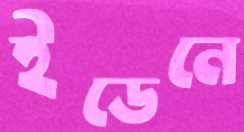
ইডেনে